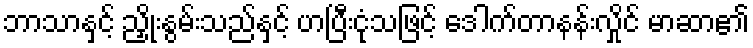
ဘာသာနှင့် ညှိုးနွမ်းသည်နှင့် ဟပြီးငုံသဖြင့် ဒေါက်တာနန်းလှိုင် မာဆာ၏